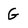
Character: G